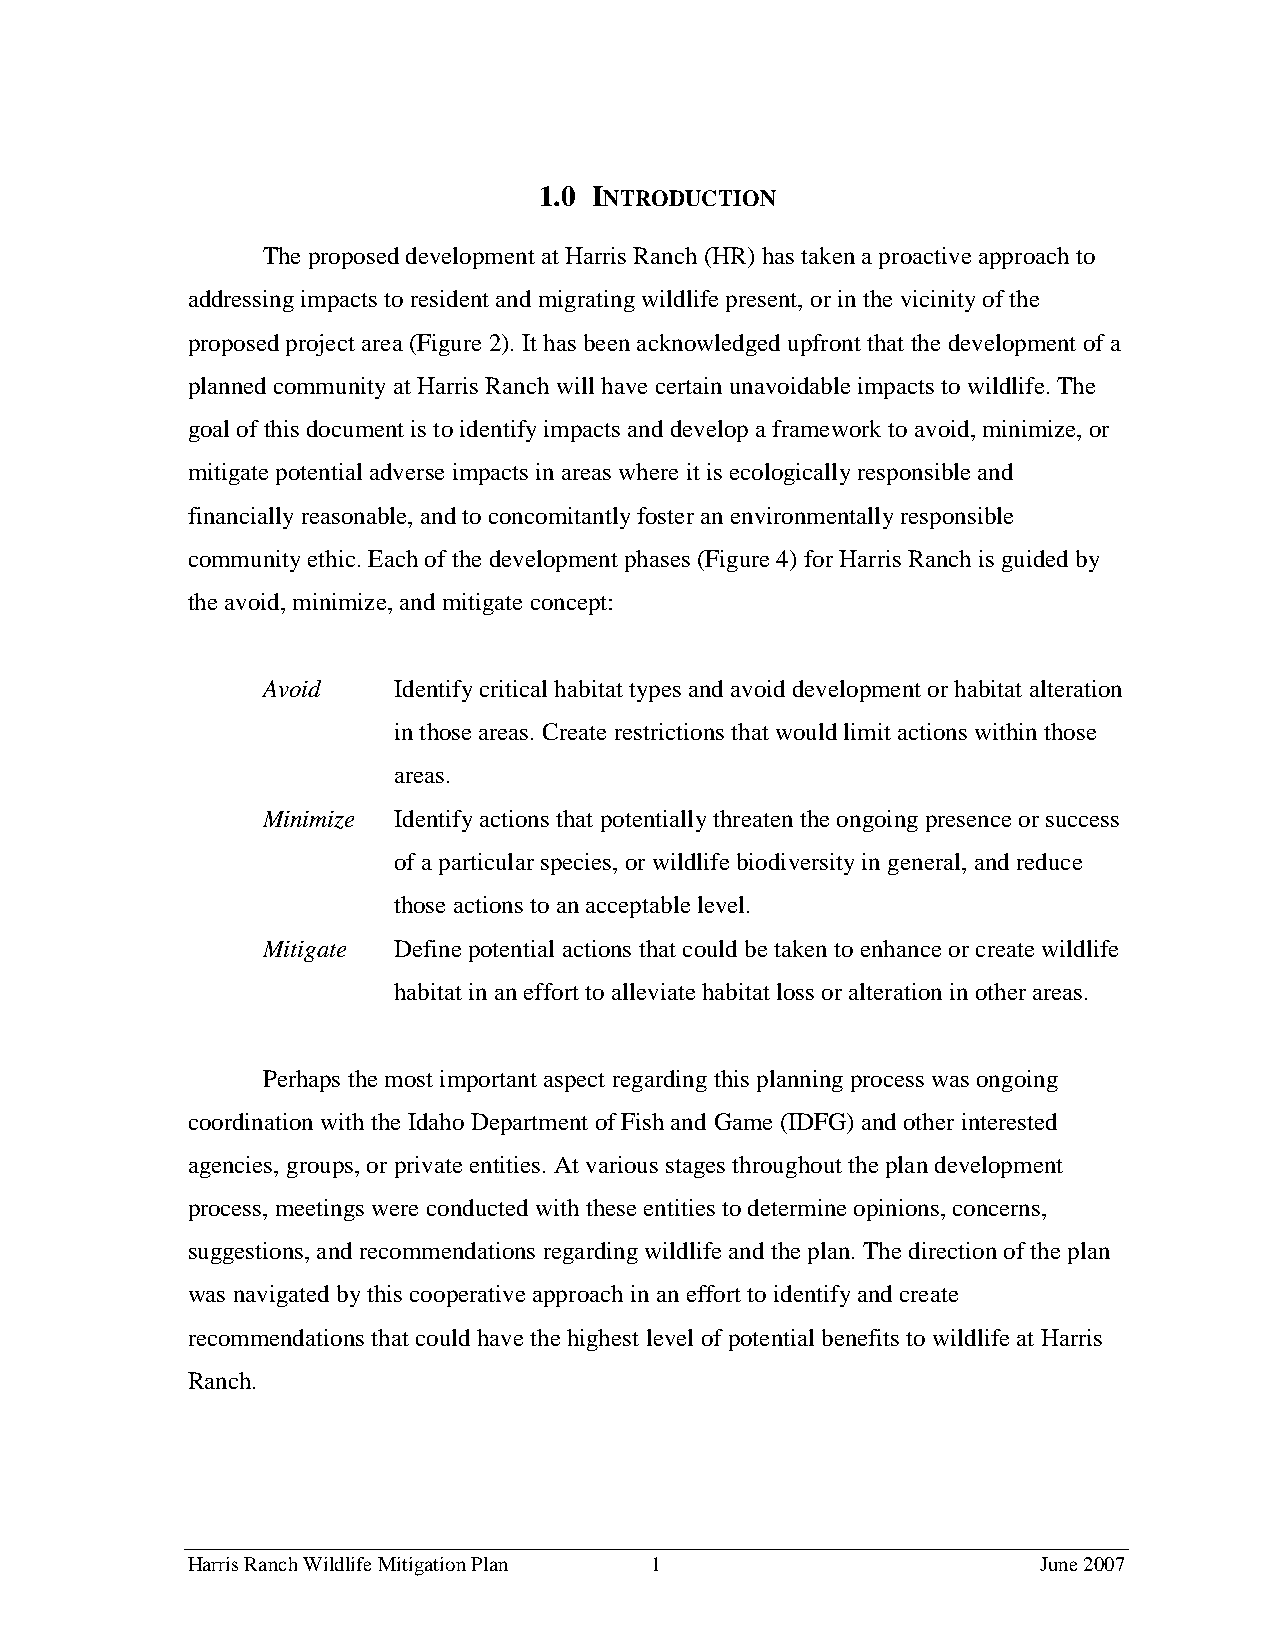
1.0 INTRODUCTION
 The proposed development at Harris Ranch (HR) has taken a proactive approach to
 addressing impacts to resident and migrating wildlife present, or in the vicinity of the
 proposed project area (Figure 2). It has been acknowledged upfront that the development of a
 planned community at Harris Ranch will have certain unavoidable impacts to wildlife. The
 goal of this document is to identify impacts and develop a framework to avoid, minimize, or
 mitigate potential adverse impacts in areas where it is ecologically responsible and
 financially reasonable, and to concomitantly foster an environmentally responsible
 community ethic. Each of the development phases (Figure 4) for Harris Ranch is guided by
 the avoid, minimize, and mitigate concept:
 Avoid    Identify critical habitat types and avoid development or habitat alteration
 in those areas. Create restrictions that would limit actions within those
 areas.
 Minimize Identify actions that potentially threaten the ongoing presence or success
 of a particular species, or wildlife biodiversity in general, and reduce
 those actions to an acceptable level.
 Mitigate Define potential actions that could be taken to enhance or create wildlife
 habitat in an effort to alleviate habitat loss or alteration in other areas.
 Perhaps the most important aspect regarding this planning process was ongoing
 coordination with the Idaho Department of Fish and Game (IDFG) and other interested
 agencies, groups, or private entities. At various stages throughout the plan development
 process, meetings were conducted with these entities to determine opinions, concerns,
 suggestions, and recommendations regarding wildlife and the plan. The direction of the plan
 was navigated by this cooperative approach in an effort to identify and create
 recommendations that could have the highest level of potential benefits to wildlife at Harris
 Ranch.
 Harris Ranch Wildlife Mitigation Plan 1                  June 2007